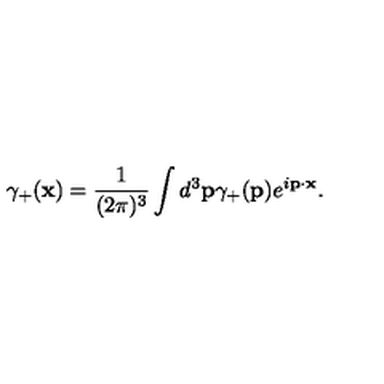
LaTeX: \gamma _ { + } ( { \bf x } ) = \frac { 1 } { ( 2 \pi ) ^ { 3 } } \int d ^ { 3 } { \bf p } \gamma _ { + } ( { \bf p } ) e ^ { i { \bf p } \cdot { \bf x } } .